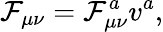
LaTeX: \mathcal{F}_{\mu\nu}=\mathcal{F}_{\mu\nu}^{a}v^{a},